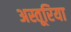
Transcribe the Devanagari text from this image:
अस्तूरिया